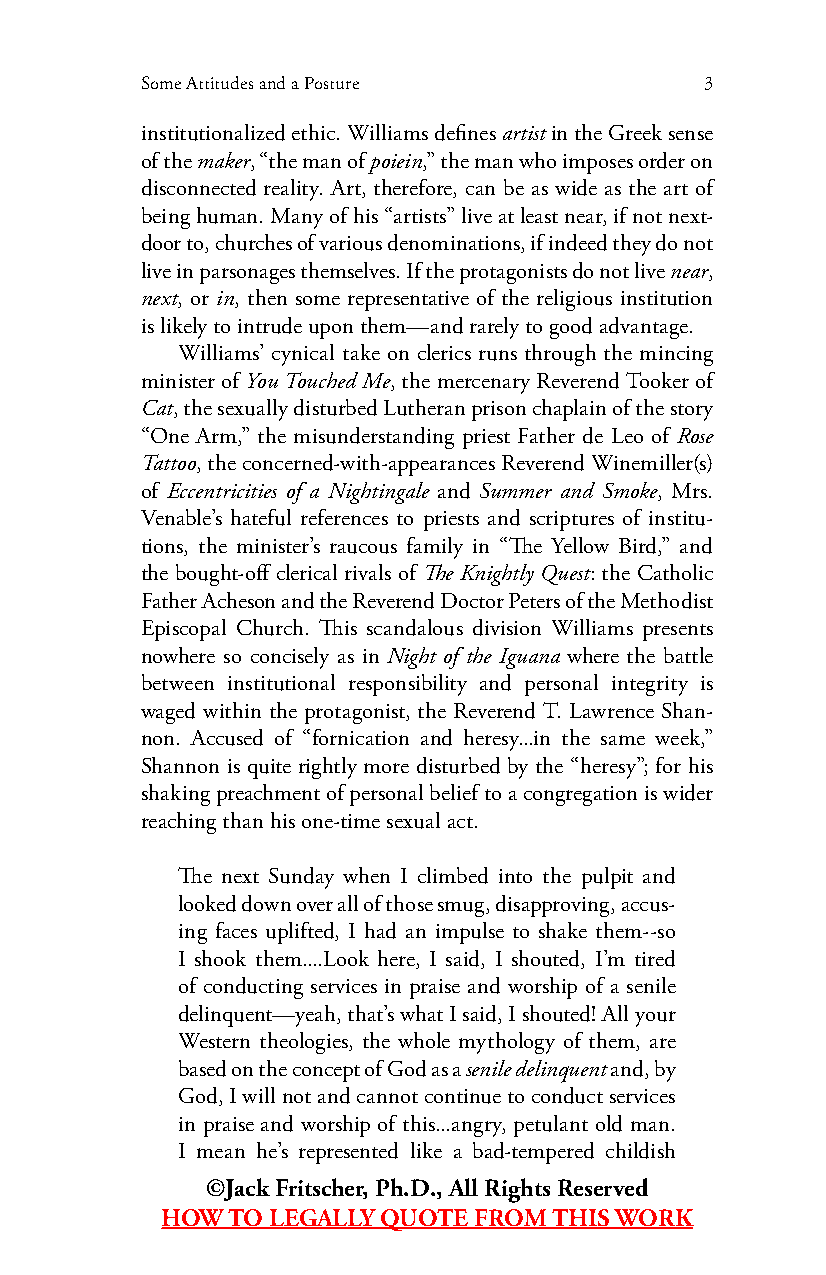
Some Attitudes and a Posture          3
 institutionalized ethic. Williams defines artist in the Greek sense
 of the maker, “the man of poiein,” the man who imposes order on
 disconnected reality. Art, therefore, can be as wide as the art of
 being human. Many of his “artists” live at least near, if not next-
 door to, churches of various denominations, if indeed they do not
 live in parsonages themselves. If the protagonists do not live near,
 next, or in, then some representative of the religious institution
 is likely to intrude upon them—and rarely to good advantage.
 Williams’ cynical take on clerics runs through the mincing
 minister of You Touched Me, the mercenary Reverend Tooker of
 Cat, the sexually disturbed Lutheran prison chaplain of the story
 “One Arm,” the misunderstanding priest Father de Leo of Rose
 Tattoo, the concerned-with-appearances Reverend Winemiller(s)
 of Eccentricities of a Nightingale and Summer and Smoke, Mrs.
 Venable’s hateful references to priests and scriptures of institu-
 tions, the minister’s raucous family in “The Yellow Bird,” and
 the bought-off clerical rivals of The Knightly Quest: the Catholic
 Father Acheson and the Reverend Doctor Peters of the Methodist
 Episcopal Church. This scandalous division Williams presents
 nowhere so concisely as in Night of the Iguana where the battle
 between institutional responsibility and personal integrity is
 waged within the protagonist, the Reverend T. Lawrence Shan-
 non. Accused of “fornication and heresy...in the same week,”
 Shannon is quite rightly more disturbed by the “heresy”; for his
 shaking preachment of personal belief to a congregation is wider
 reaching than his one-time sexual act.
 The next Sunday when I climbed into the pulpit and
 looked down over all of those smug, disapproving, accus-
 ing faces uplifted, I had an impulse to shake them--so
 I shook them....Look here, I said, I shouted, I’m tired
 of conducting services in praise and worship of a senile
 delinquent—yeah, that’s what I said, I shouted! All your
 Western theologies, the whole mythology of them, are
 based on the concept of God as a senile delinquent and, by
 God, I will not and cannot continue to conduct services
 in praise and worship of this...angry, petulant old man.
 I mean he’s represented like a bad-tempered childish
 ©Jack Fritscher, Ph.D., All Rights Reserved
 HOW TO LEGALLY QUOTE FROM THIS WORK